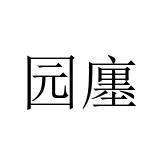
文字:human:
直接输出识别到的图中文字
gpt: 园廛